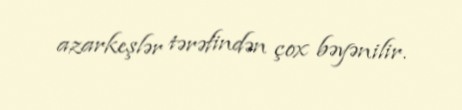
azarkeşlər tərəfindən çox bəyənilir.